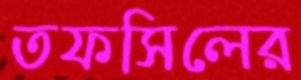
তফসিলের